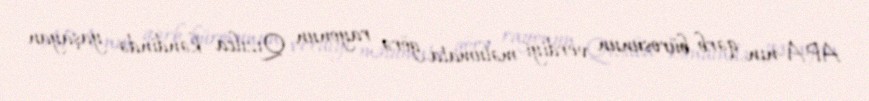
APA-nın qərb bürosunun verdiyi məlumata görə rayonun Qızılca kəndində yaşayan